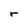
Character: r